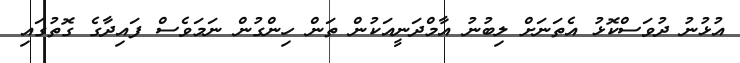
އުޅުނު ދުވަސްކޮޅު އެތަނަށް ލިބުނު އާމްދަނީއަކުން ތަން ހިންގުން ނަމަވެސް ފައިދާގެ ގޮތުގައި